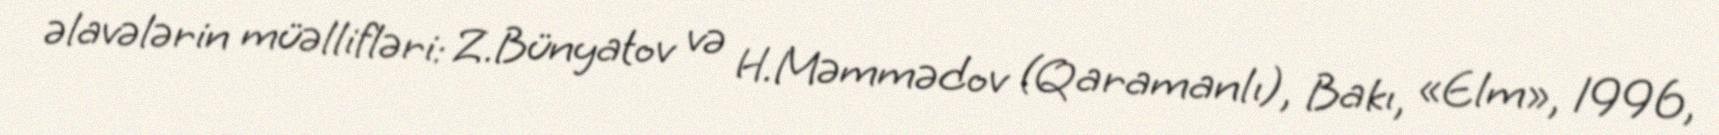
əlavələrin müəllifləri: Z.Bünyatov və H.Məmmədov (Qaramanlı), Bakı, «Elm», 1996,